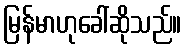
မြန်မာဟုခေါ်ဆိုသည်။